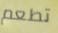
تطعم